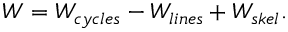
W = W _ { c y c l e s } - W _ { l i n e s } + W _ { s k e l } .